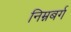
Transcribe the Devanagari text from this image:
निम्नबर्ग